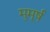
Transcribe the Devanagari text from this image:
मुमूर्ष